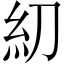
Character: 糿